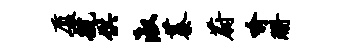
厦航供淑蓁蔚喻珊